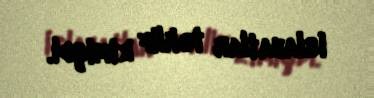
islahatlar təklif etmişdi.